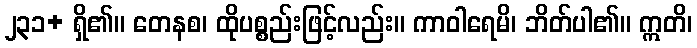
၂၃၁+ ရှိ၏။ တေနစ၊ ထိုပစ္စည်းဖြင့်လည်း။ ကာဝါရေမိ၊ ဘိတ်ပါ၏။ ဣတိ၊